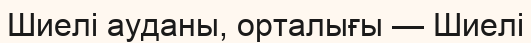
Шиелі ауданы, орталығы — Шиелі